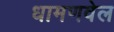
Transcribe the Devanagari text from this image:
धामणवेल